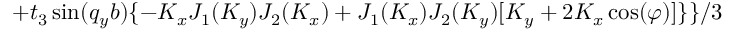
+ t _ { 3 } \sin ( q _ { y } b ) \{ - K _ { x } J _ { 1 } ( K _ { y } ) J _ { 2 } ( K _ { x } ) + J _ { 1 } ( K _ { x } ) J _ { 2 } ( K _ { y } ) [ K _ { y } + 2 K _ { x } \cos ( \varphi ) ] \} \} / 3